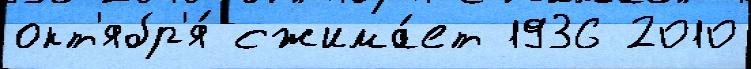
окт'ябр'я́ сжима́ет 1936 2010